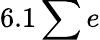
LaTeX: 6.1\sum e